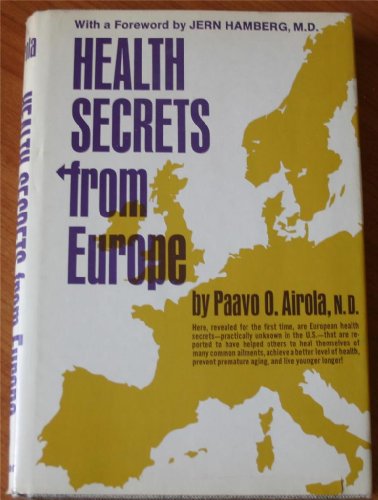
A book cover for Health Secrets from Europe; Paavo Airola; Health, Fitness & Dieting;